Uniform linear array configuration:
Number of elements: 8
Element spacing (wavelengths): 0.75
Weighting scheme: blackman
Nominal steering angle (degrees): -30
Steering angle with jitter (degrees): -31.402
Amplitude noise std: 0.05
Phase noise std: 0.05

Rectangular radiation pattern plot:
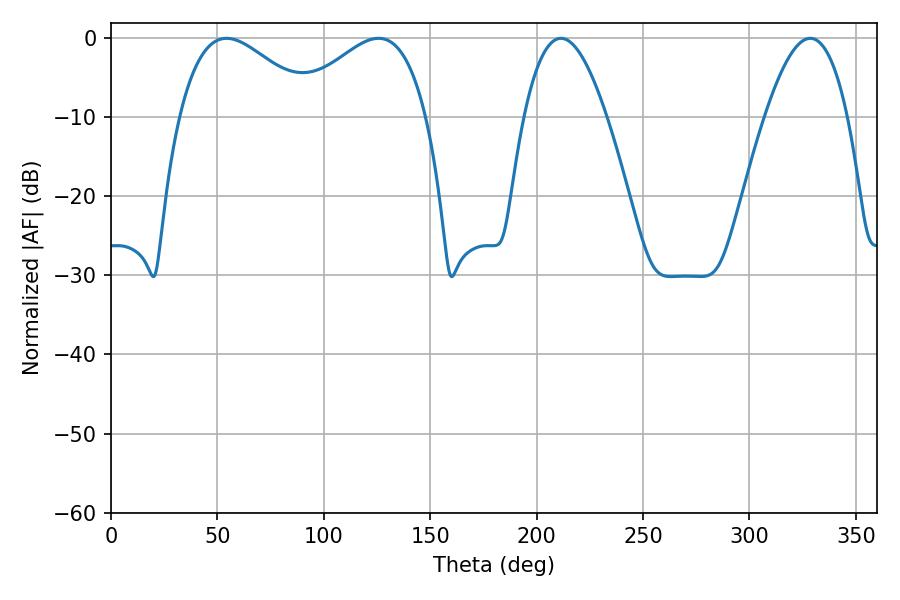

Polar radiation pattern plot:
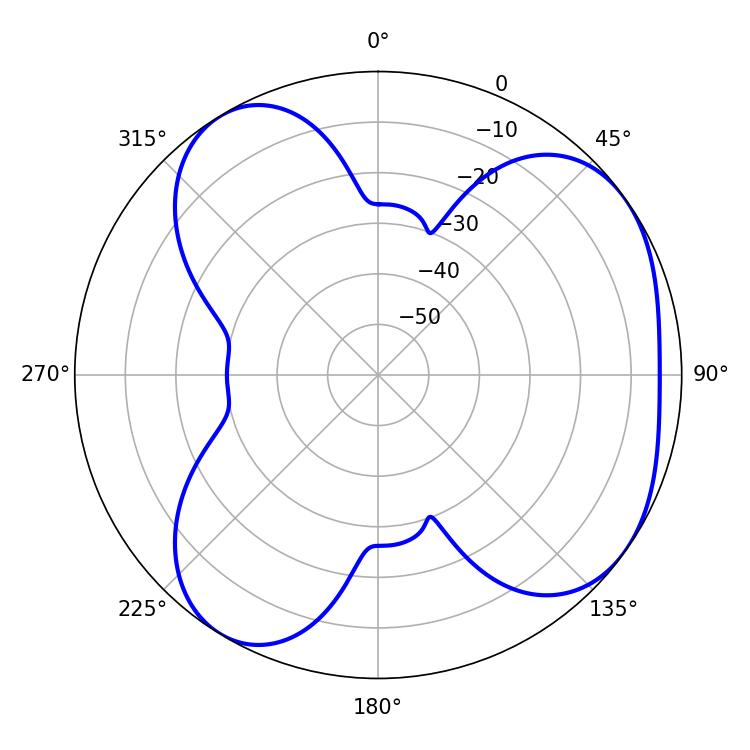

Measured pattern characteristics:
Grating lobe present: TRUE
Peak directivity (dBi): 4.98
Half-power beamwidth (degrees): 34.56
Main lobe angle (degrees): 54.36